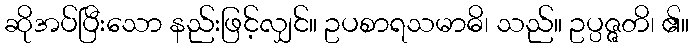
ဆိုအပ်ပြီးသော နည်းဖြင့်လျှင်။ ဥပစာရသမာဓိ၊ သည်။ ဥပ္ပဇ္ဇတိ၊ ၏။